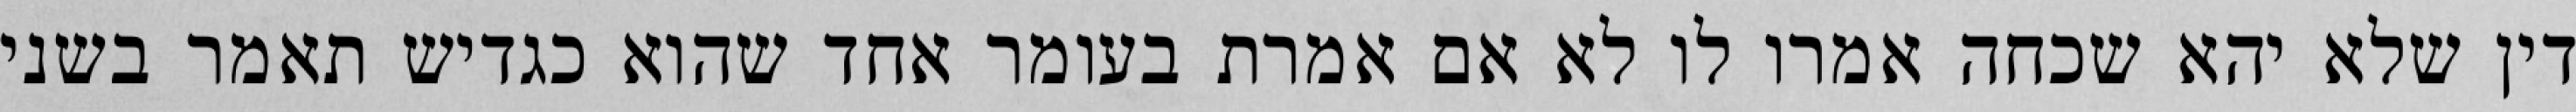
דין שלא יהא שכחה אמרו לו לא אם אמרת בעומר אחד שהוא כגדיש תאמר בשני